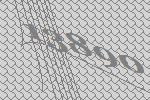
13890